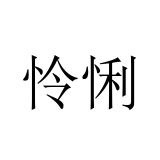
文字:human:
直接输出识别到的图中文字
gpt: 怜悧